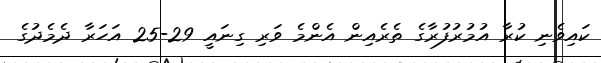
ކައިވެނި ކުރާ އުމުރުފުރާގެ ތެރެއިން އެންމެ ވަރި ގިނައީ 29-25 އަހަރާ ދެމެދުގެ